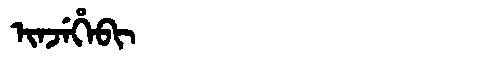
Manchu: ᡳᠨᠵᡝᡥᡝᠪᡳ
Romanization: INJEHEBI